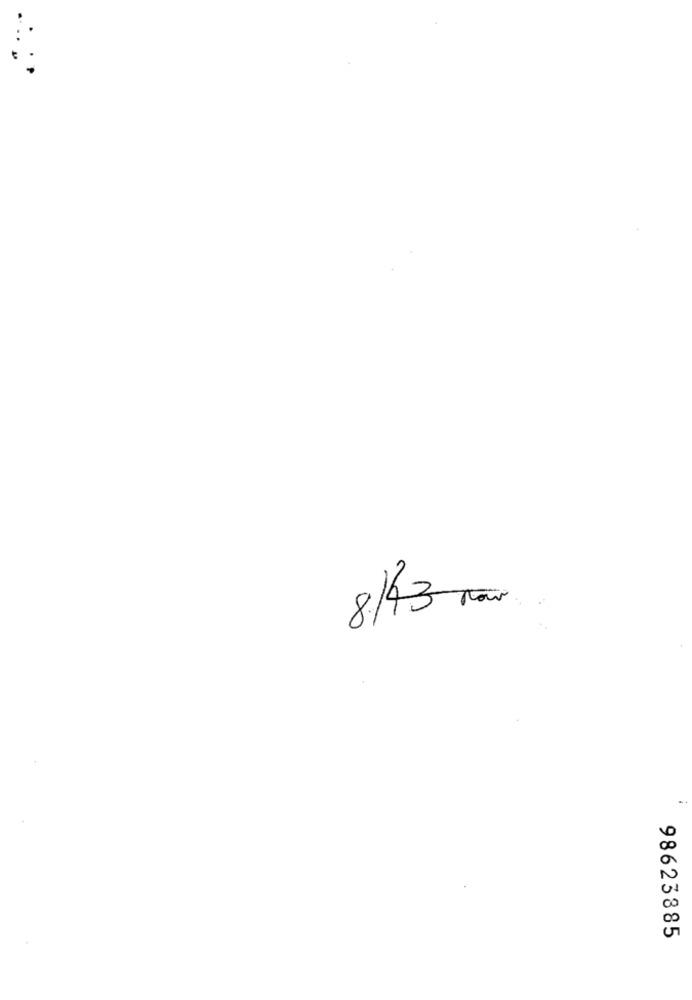
8/43 Fair
98623885